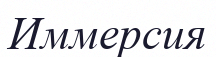
Иммерсия